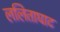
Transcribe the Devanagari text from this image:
ललिताघाट